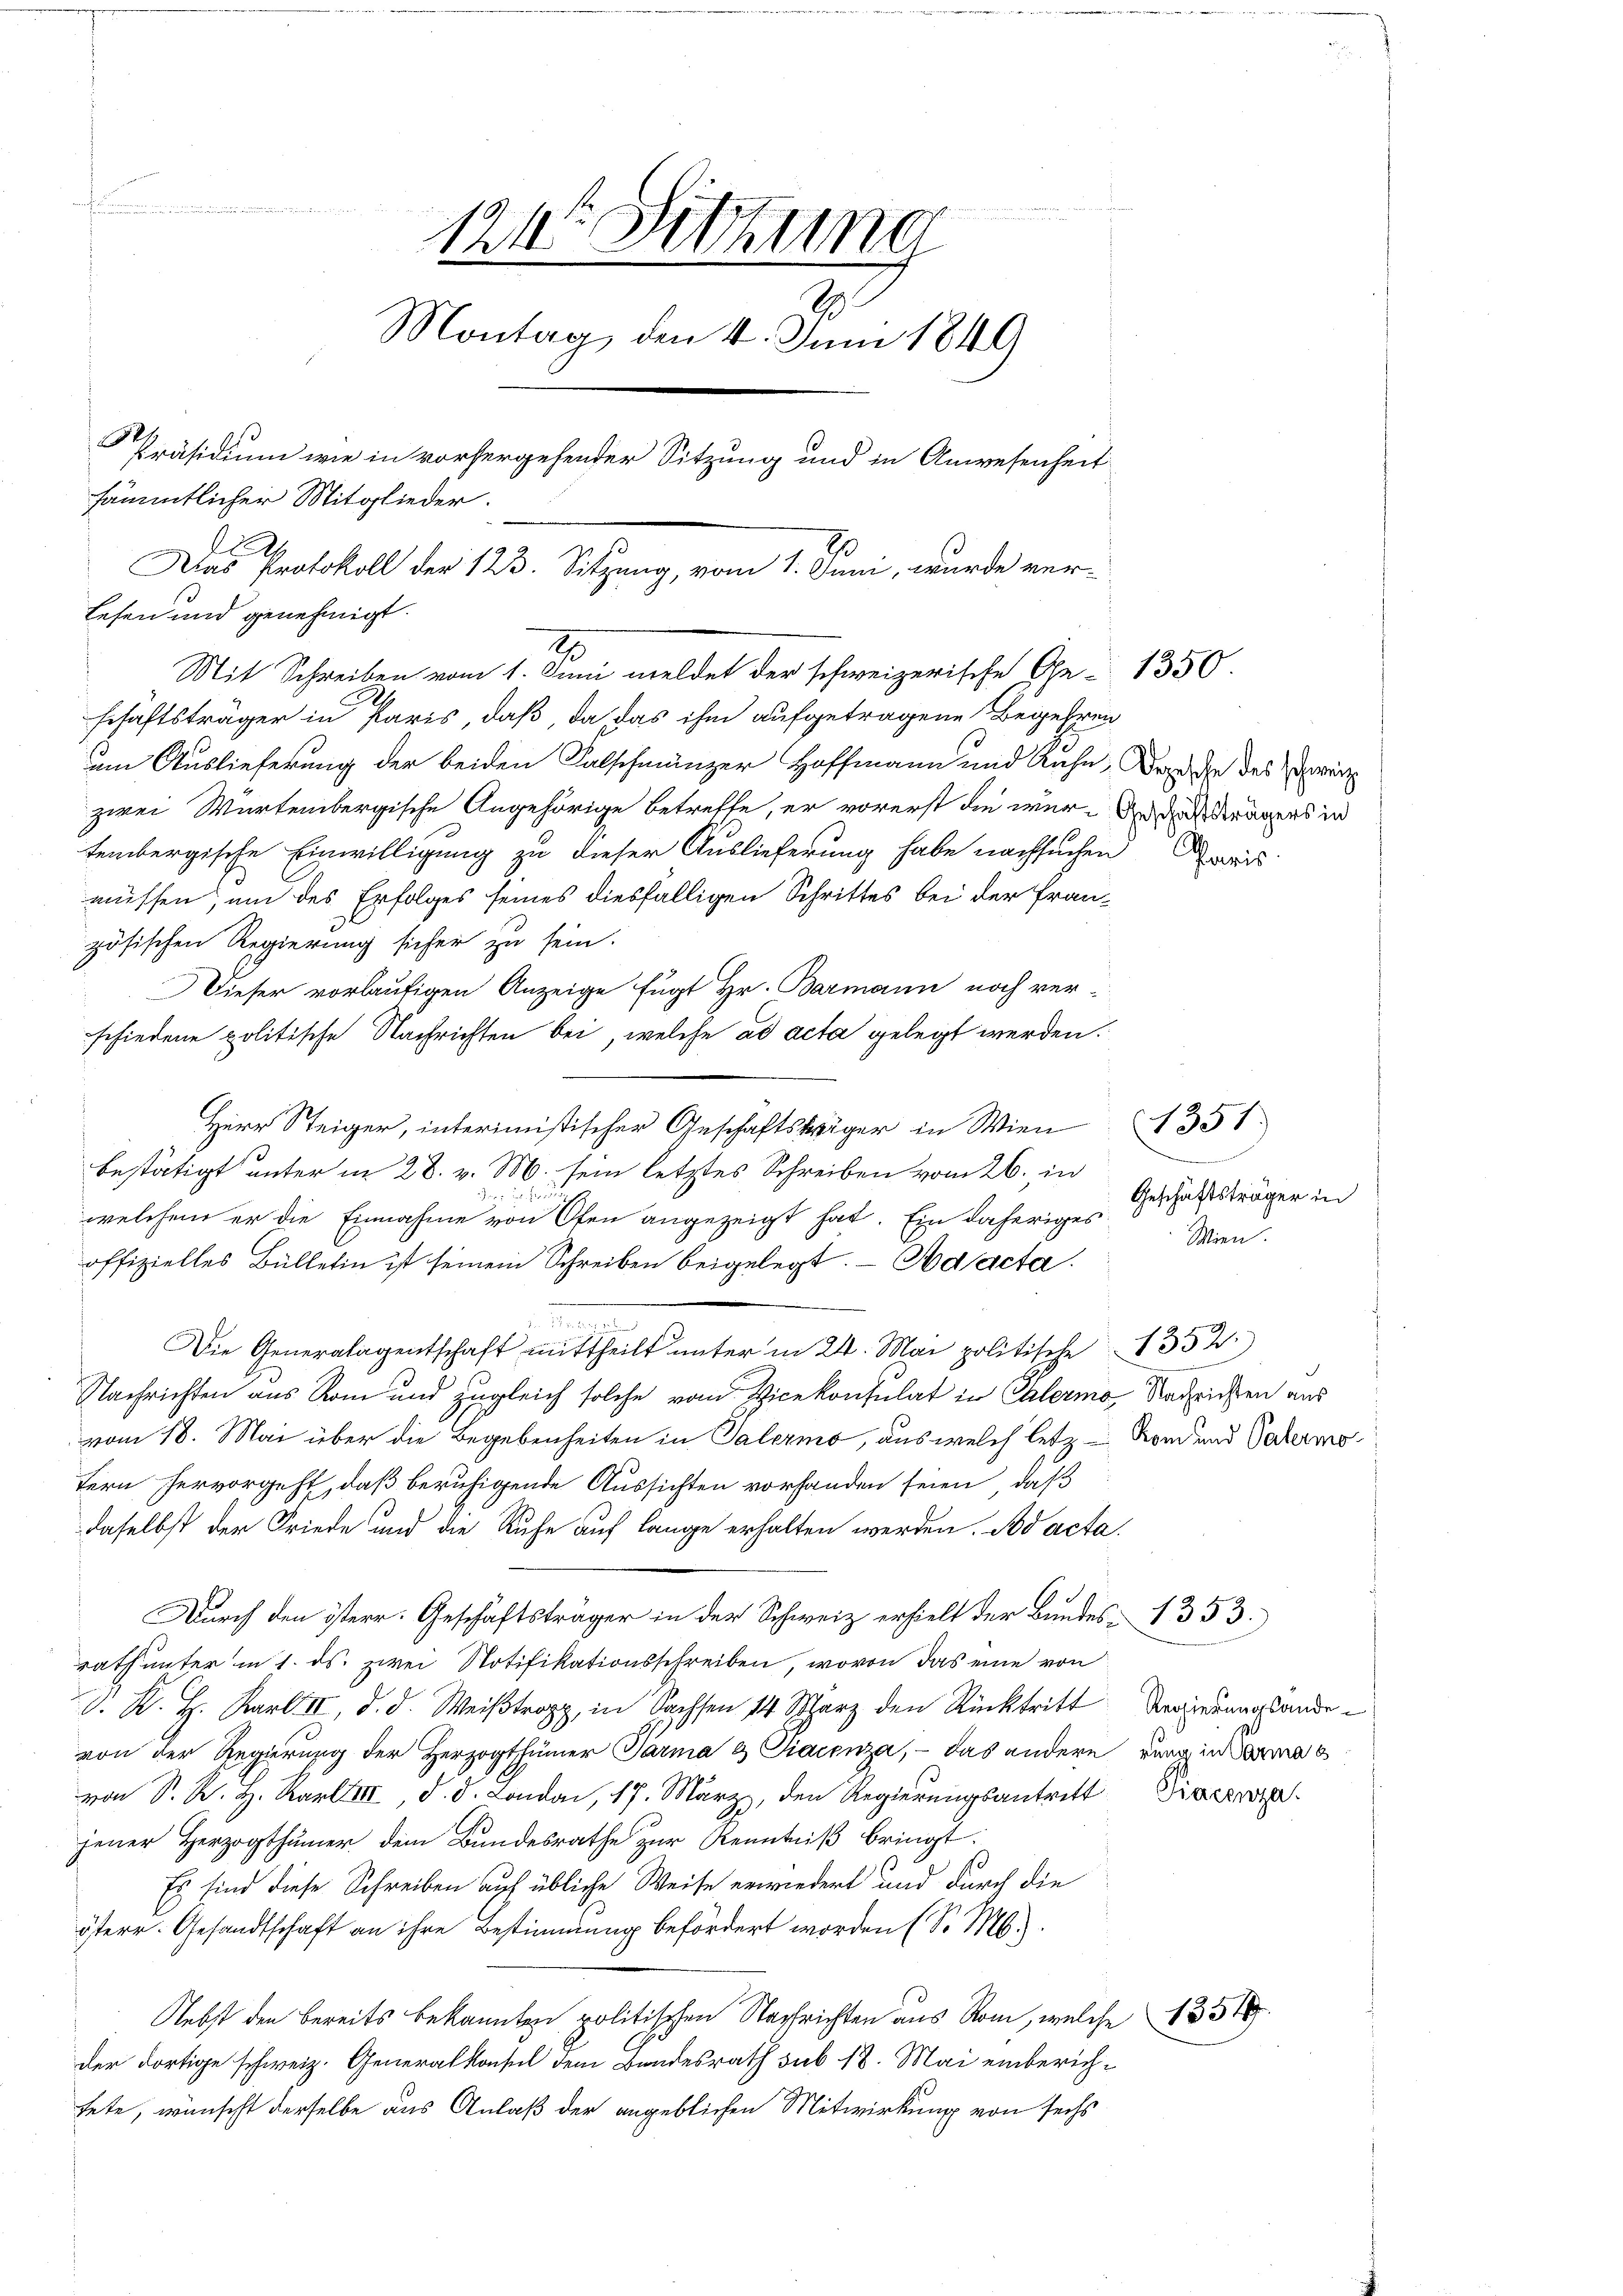
124 Sitzung
S
Montag, den 4. Juni 1849
Präsidium wie in vorhergehender Sitzung und in Anwesenheit
sämmtlicher Mitglieder.
d
Das Protokoll der 123. Sitzung, vom 1. Juni, wurde verlesen und genehmigt.
2
Mit Schreiben vom 1. Juni meldet der schweizerische Ge- 1350.

schäftsträger in Paris, daß da das ihm aufgetragene Begehren
um Auslieferung der beiden Falschmänzer Hoffmann und Ruhe, an in des wei
tembergische Einwilligung zu dieser Auslieferung habe nachsuchen
müssen, um des Erfolges seines diesfälligen Schrittes bei der Französischen Regierung sicher zu sein.
Dieser vorläufigen Anzeige fügt Hr. Barmann noch verschiedene politische Nachrichten bei, welche ad acta gelegt werden.
Herr Steiger, interimistischer Geschäftsträger in Wien 1351
bestätigt unter in 28. v. M. sein letztes Schreiben vom 26. in
u
welchem er die Einnahme von Ofen angezeigt hat. Ein daheriges
offizielles Bülletin ist seinem Schreiben beigelegt. - Adacta.
Die Generalagentschaft mittheilt unter in 24. Mai politische 1352)
Nachrichten aus Rom und zugleich solche vom Vicekonsulat in Ehlermo, Nachrichten aus
vom 18. Mai über die Begebenheiten in Palermo, aus welch letz- Rond und Vateris
tern hervorgeht, daß beruhigende Aussichten vorhanden seien, daß
daselbst der Friede und die Ruhe auf lange erhalten werden. Bad acta.
Durch den isterr. Geschäftsträger in der Schweiz erhielt der Bundes 1353.
rathunter in 1. ds. zwei Notifikationsschreiben, wovon das eine von
. K. H. Karl II, d. d. Weißtrapp, in Sachsen 14 Scharz den Rücktritt Regierunglande
von der Regierung der Herzogthümer Parma & Giacenza, - das andern ging in Saa
von Sr. K. H. Karl III, d. d. London, 17. März, den Regierungsantritt die
jener Herzogthümer dem Bundesrathe zur Kenntniß bringt:
Es sind diese Schreiben auf übliche Weise erwiedert und durch die
österr. Gesandtschaft an ihre Bestimmung befördert worden (S. M.
Nebst den bereits bekannten politischen Nachrichten aus Rom, welche 1831.
der dortige schweiz. Generalkonsul dem Bundesrath sub 18. Mai einberichtete, wünscht derselbe aus Anlaß der angeblichen Mitwirkung von sechs

zwei Würtembergische Angehörige betreffe, er vorerst die wur-Andel trägers in

Paris

e
Geschäftsträger in
Wien.